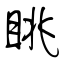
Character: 眺